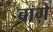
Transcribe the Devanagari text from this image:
बाग़े